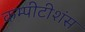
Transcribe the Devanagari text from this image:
कम्पीटीशंस